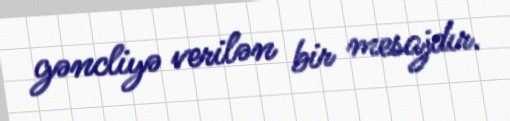
gəncliyə verilən bir mesajdır.